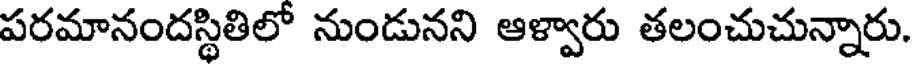
పరమానందస్థితిలో నుండునని ఆళ్వారు తలంచుచున్నారు.